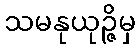
သမနုယုဉ္ဇိမှ